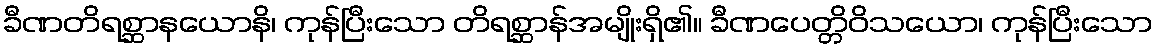
ခီဏတိရစ္ဆာနယောနိ၊ ကုန်ပြီးသော တိရစ္ဆာန်အမျိုးရှိ၏။ ခီဏပေတ္တိဝိသယော၊ ကုန်ပြီးသော